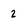
Character: 2